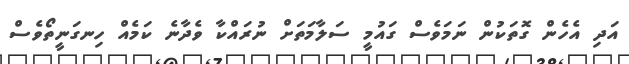
އަދި އެހެން ގޮތަކުން ނަމަވެސް ގައުމީ ސަލާމަތަށް ނުރައްކާ ވެދާނެ ކަމެއް ހިނގަނީތޯވެސް